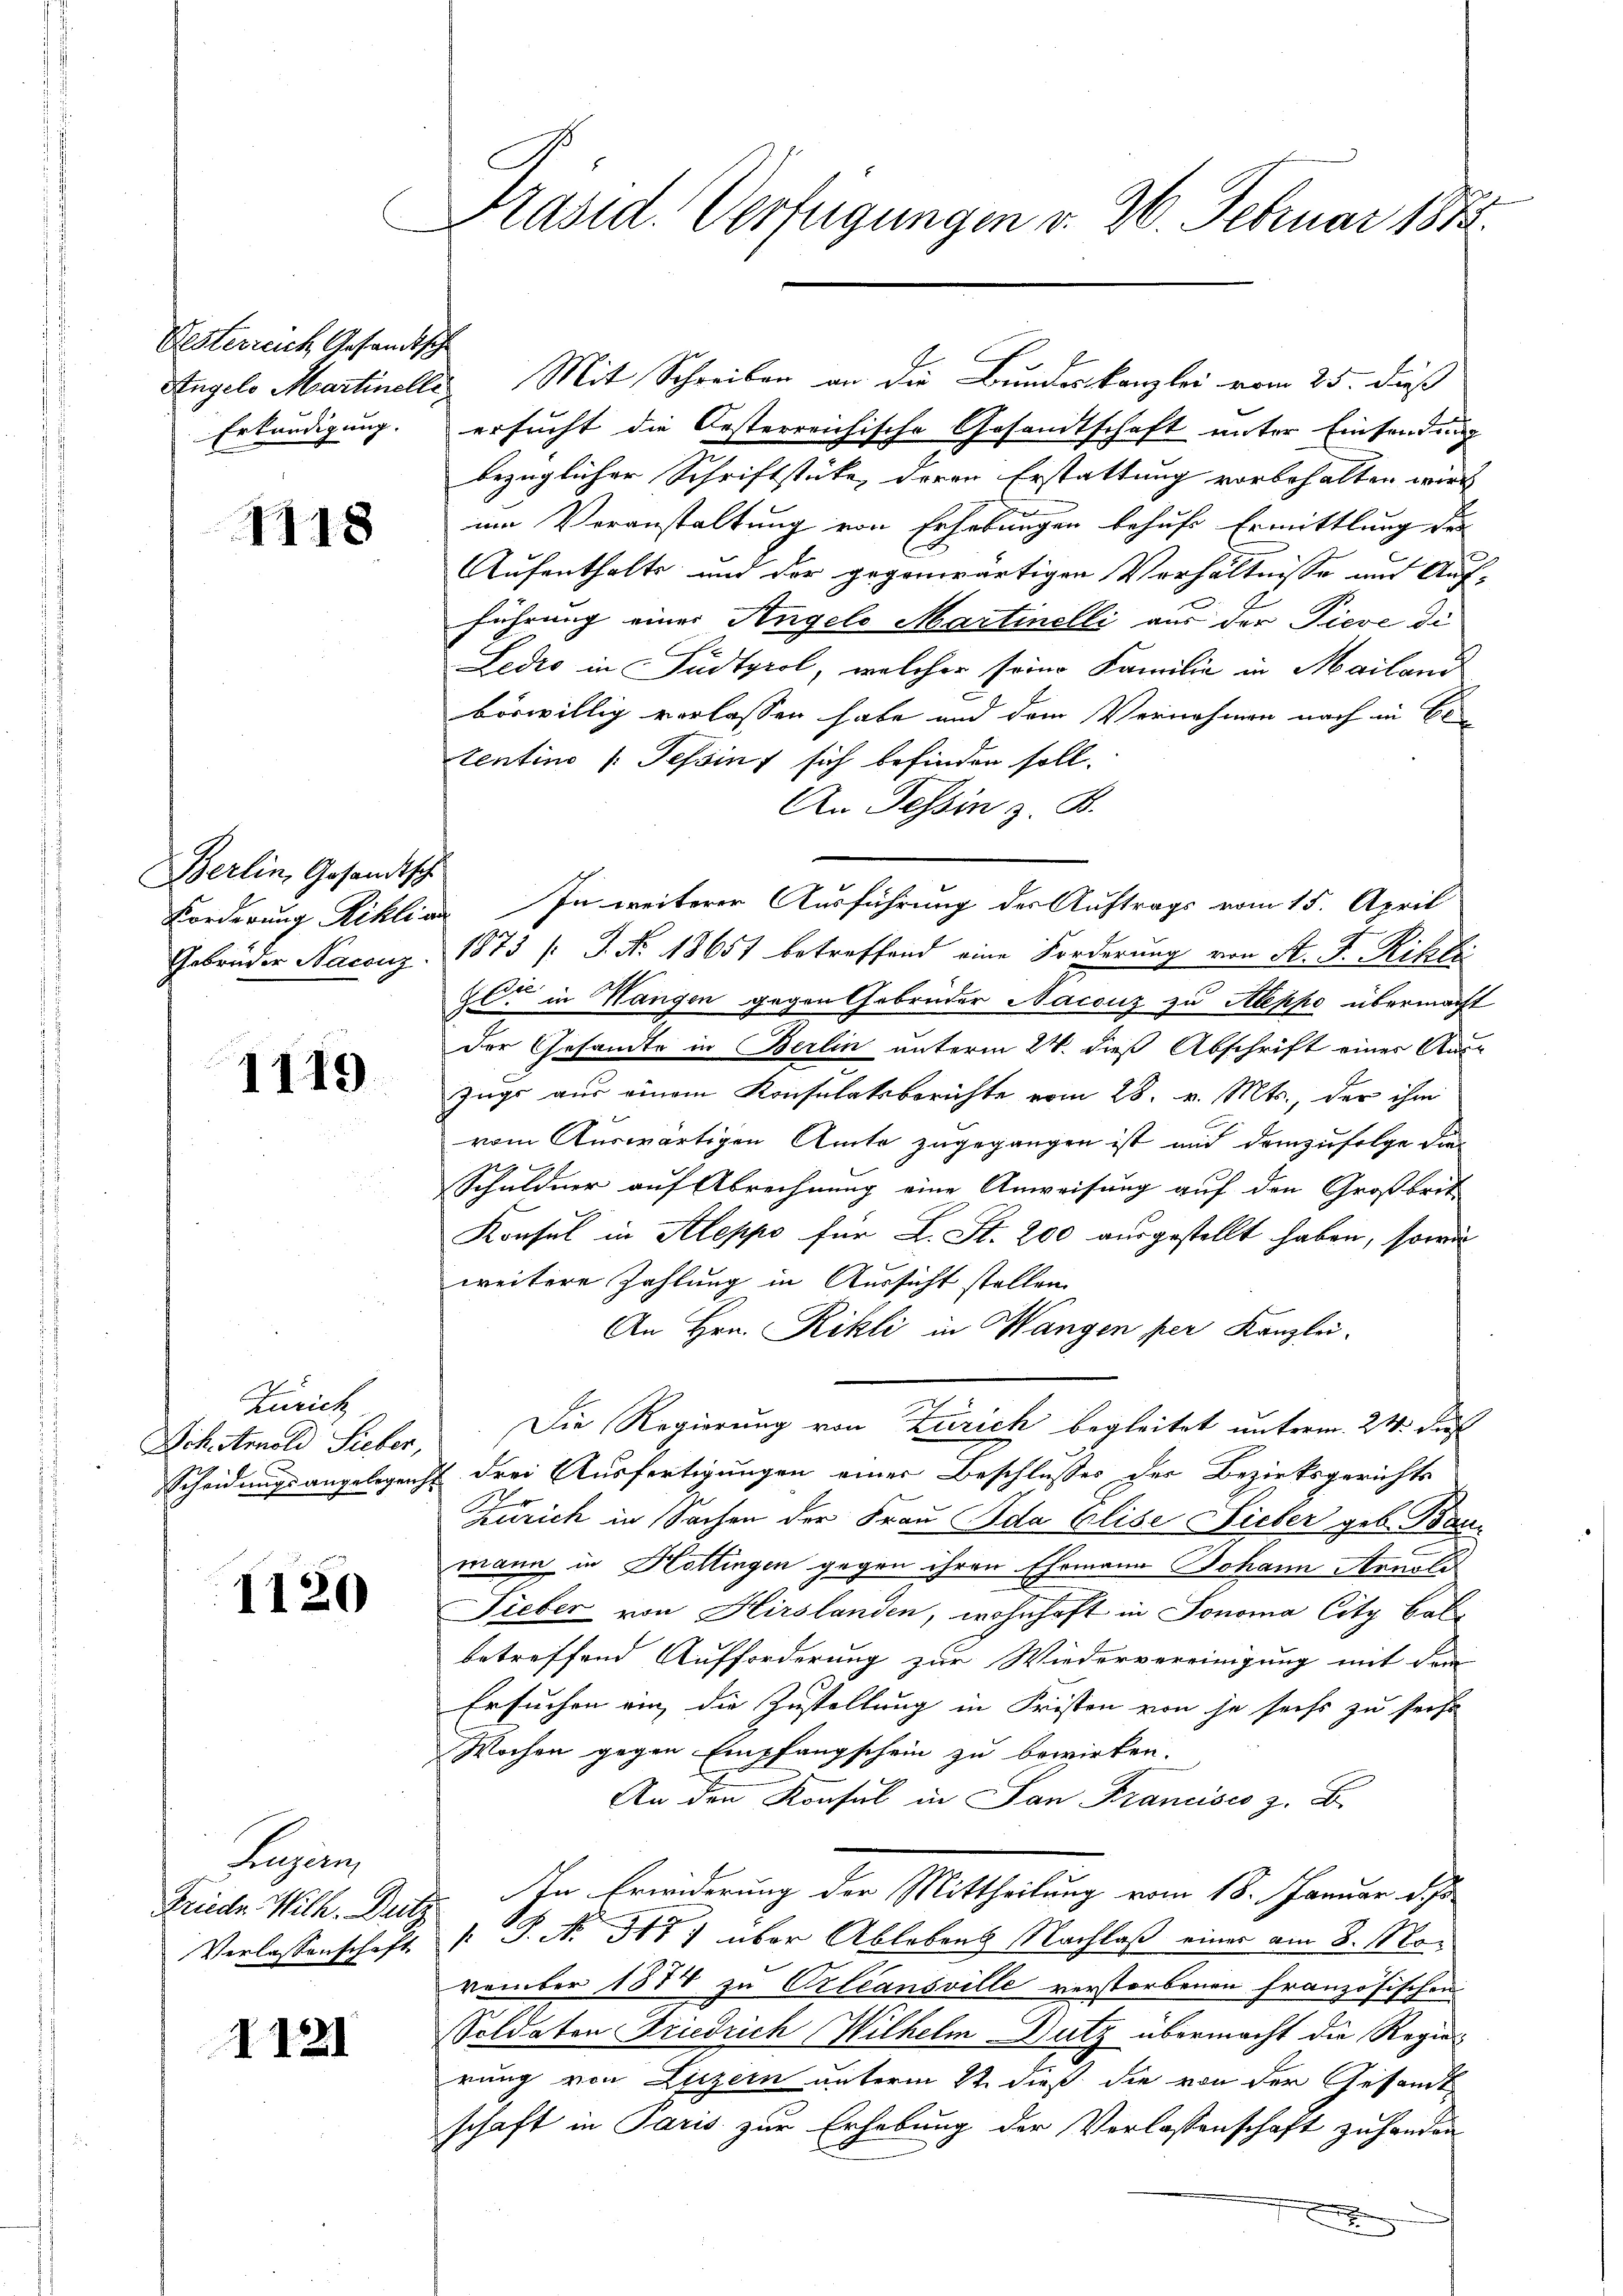
Vesterreich Gesandtsche
Erkundigung.

1118

Berlin, Gesandtsch

1119.

Zürich

1120

Lejein

1121

Präsid. Verfügungen v. 26. Februar 1885.

Angelo Martinelle Mit Schreiben an die Bundeskanzlei vom 25. dieß
ersucht die Oesterreichische Gesandtschaft unter Einsendung
bezüglicher Schriftstücke, deren Erstattung vorbehalten wird
im Veranstaltung von Erhebungen behufs Ermittlung der
Aufenthalts und der gegenwärtigen Verhältnisse und Aufführung einer Angelo Martinelli aus der Pieve di
g
Ledio in Südtyrol, welcher seine Familie in Mailand
böswillig verlassen habe und dem Vernehmen nach in El
tentino (: Tessin sich befinden soll.
An Tessin z. B.
Forderung Riklin. In weiterer Ausführung der Auftrags vom 15. April
Gebrüder Naconz. 1873 /: J. No. 18651 betreffend eine Forderung von St. F. Riffi
zl. in Wangen gegen Gebrüder Nacouz zu Aleppe übermacht
der Gesandte in Berlin unterm 24. dieß Abschrift eines Aus-
Zugs aus einem Konsulatsberichte vom 28. v. Mts., der ihm
vom Auswärtigen Amte zugegangen ist und demzufolge die
Schuldner auf Abrechnung eine Anweisung auf den Großbrit
Konsul in Steppo für L. St. 200 ausgestellt haben, sowie
weitere Zahlung in Aussicht stellen.
An Hrn. Rikli in Wangen per Kanzlei.
Schtmold Sieber. Die Regierung von Zürich begleitet unterm 24. Jus
Scheidungsangelegen drei Ausfertigungen einer Beschlusses der Bezirksgerichts
Zürich in Sachen der Frau Ida Elise Lieber geb. Baumann in Hottingen gegen ihren Ehemann Johann Arnold
Fieber von Hirslanden, wohnhaft in Jonoma City bal
betreffend Aufforderung zur Wiedervereinigung mit dem
Ersuchen ein, die Zustellung in Fristen von je sechs zu seihe
Wochen gegen Empfangschein zu bewirken.
An den Konsul in San Francisco z. B.
Friede Wilh. Dutz. In Erwiderung der Mittheilung vom 18. Januar d. Js.
Verlassenschaft  P. Nr. 317) über Ablebens Nachlaß einer am 8. 188
vember 1874 zu Orleansville verstorbenen französischen
Soldaten Friedrich Wilhelm Dutz übermacht die Regier
rung von Luzern unterm 12. dieß die von der Gesandt
schaft in Paris zur Erhebung der Verlassenschaft zu handen
x